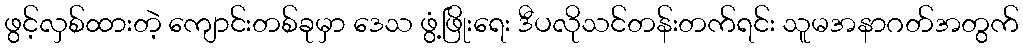
ဖွင့်လှစ်ထားတဲ့ ကျောင်းတစ်ခုမှာ ဒေသ ဖွံ့ဖြိုးရေး ဒီပလိုသင်တန်းတက်ရင်း သူမအနာဂတ်အတွက်